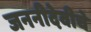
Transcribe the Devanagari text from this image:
जननीदेवीचे